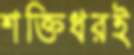
শক্তিধরই